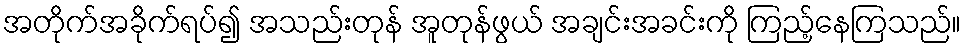
အတိုက်အခိုက်ရပ်၍ အသည်းတုန် အူတုန်ဖွယ် အချင်းအခင်းကို ကြည့်နေကြသည်။